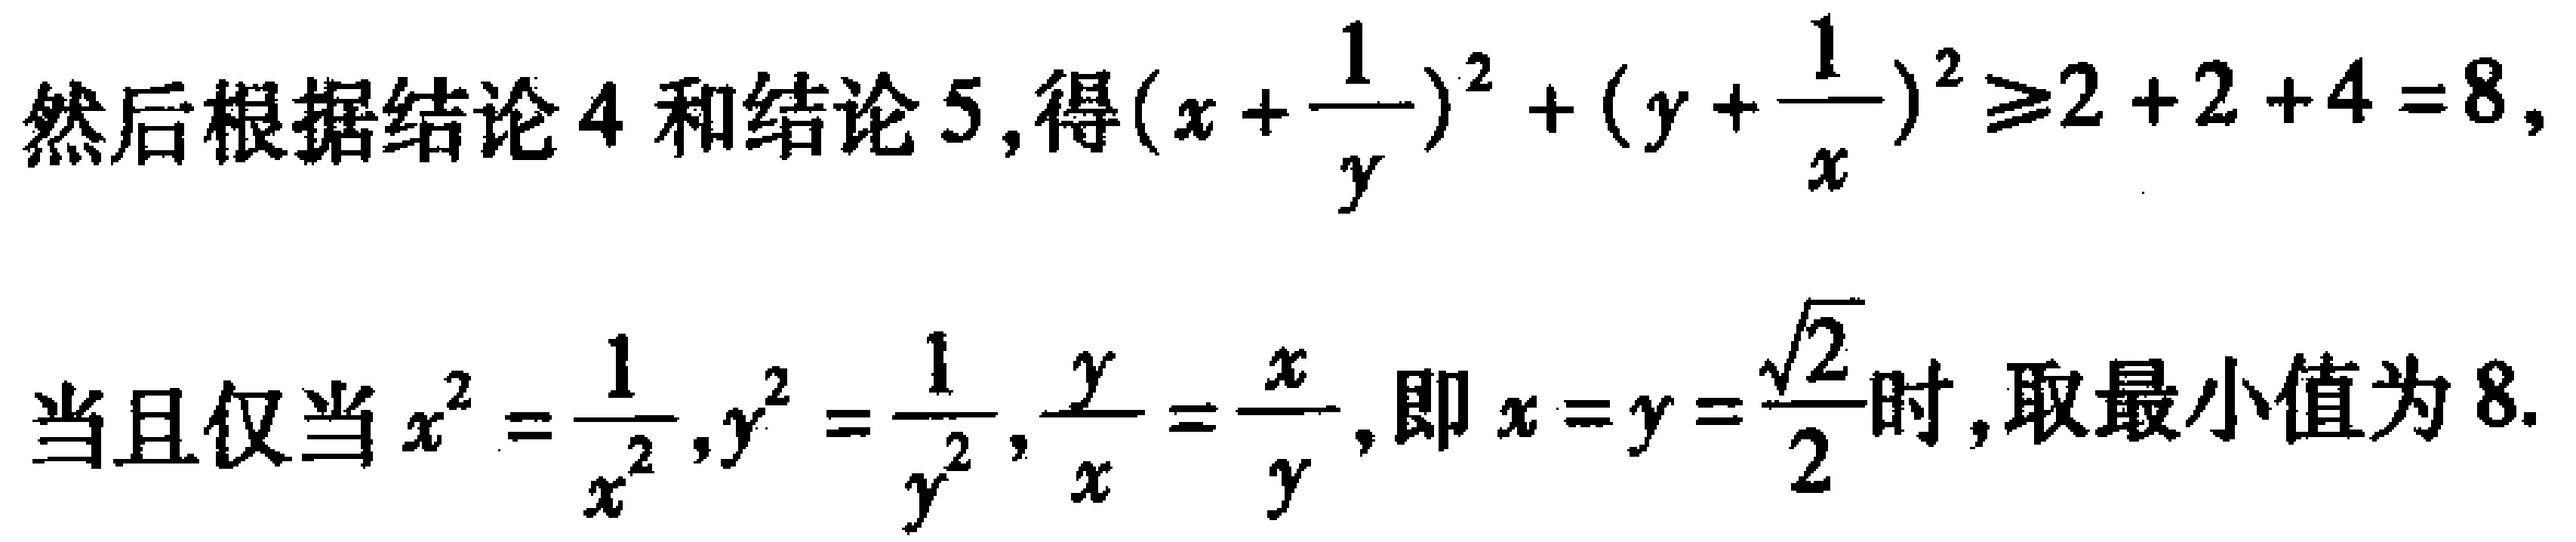
然后根据结论4和结论5,得\((x + \frac{1}{y})^2 + (y + \frac{1}{x})^2 \geq 2 + 2 + 4 = 8,\)

当且仅当\(x^2 = \frac{1}{x^2},y^2 = \frac{1}{y^2},\frac{y}{x} = \frac{x}{y},\)即\(x = y = \frac{\sqrt{2}}{2}\)时,取最小值为8.